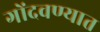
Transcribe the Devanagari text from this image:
गोंदवण्यात